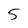
Character: 5